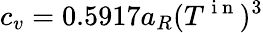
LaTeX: c_{v}=0.5917a_{R}(T^{\mathrm{~i~n~}})^{3}